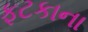
ફટકાના